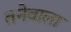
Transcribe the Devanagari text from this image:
तनेवाला